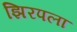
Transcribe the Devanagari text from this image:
झिरपला